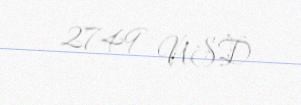
2749 USD